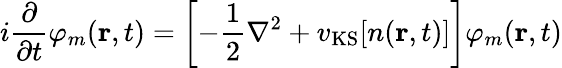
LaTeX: i\frac{\partial}{\partial t}\varphi_{m}(\textbf{r},t)=\left[-\frac{1}{2}\nabla^{2}+v_{\mathrm{KS}}[n(\textbf{r},t)]\right]\varphi_{m}(\textbf{r},t)